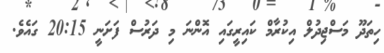
ހިތަދޫ މަސްޖިިދުލް އިކުރާމް ކައިރީގައި އޮންނަ މި ދަރުސް ފަށަނީ 20:15 ގައެވެ.